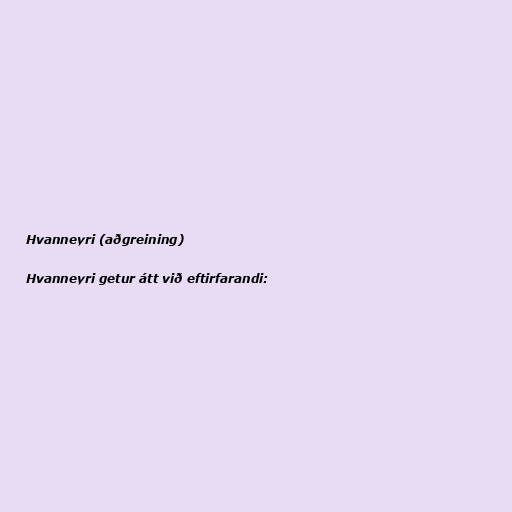
Hvanneyri (aðgreining)

Hvanneyri getur átt við eftirfarandi: